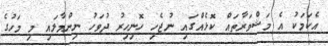
އެކަމަކު އެ މަޝްވަރާތައް ކޮޅެއްގައި ނުޖެހި ހޮނިހިރު ދުވަހު ނިންމާލައި މި މަހުގެ